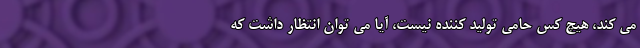
می کند، هیچ کس حامی تولید کننده نیست، آیا می توان انتظار داشت که